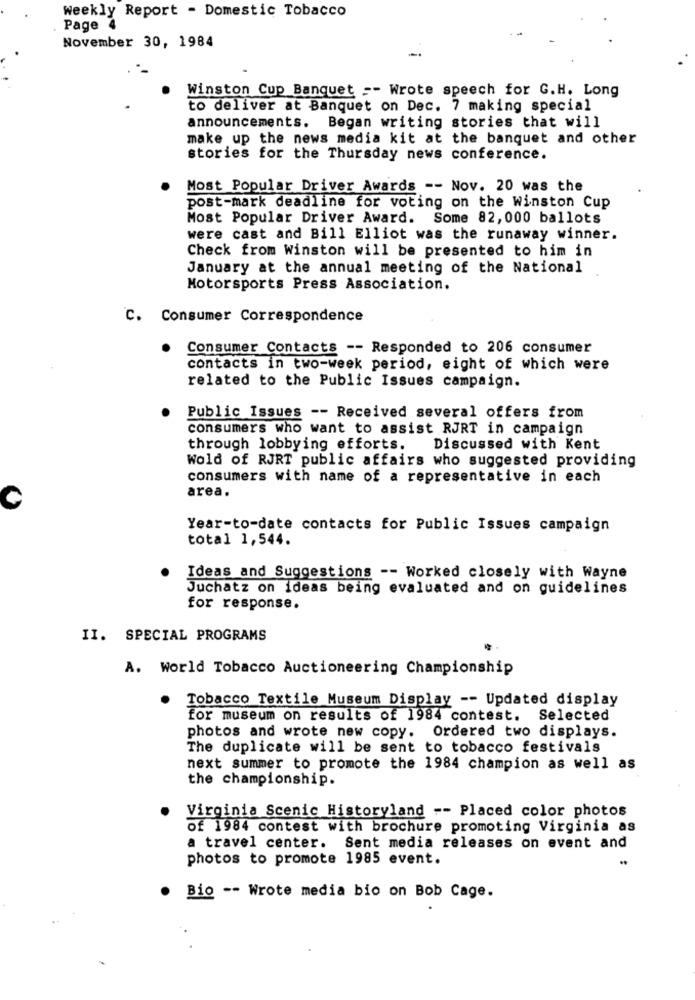
Weekly Report - Domestic Tobacco
Page
November 30, 1984
Winston Cup Banquet =- Wrote speech for G.H. Long
to deliver at Banquet on Dec. 7 making special
announcements. Began writing stories that will
make up the news media kit at the banquet and other
stories for the Thursday news conference.
Most Popular Driver Awards -- Nov. 20 was the
post-mark deadline for voting on the Winston Cup
Most Popular Driver Award. Some 82, 000 ballots
were cast and Bill Elliot was the runaway winner.
Check from Winston will be presented to him in
January at the annual meeting of the National
Motorsports Press Association.
C. Consumer Correspondence
Consumer Contacts -- Responded to 206 consumer
contacts in two-week period, eight of which were
related to the Public Issues campaign.
Public Issues -- Received several offers from
consumers who want to assist RJRT in campaign
through lobbying efforts.
Discussed with Kent
Wold of RJRT public affairs who suggested providing
consumers with name of a representative in each
area.
C
Year-to-date contacts for Public Issues campaign
total 1,544.
Ideas and Suggestions -- Worked closely with Wayne
Juchatz on ideas being evaluated and on guidelines
for response.
II. SPECIAL PROGRAMS
A. World Tobacco Auctioneering Championship
.
Tobacco Textile Museum Display -- Updated display
for museum on results of 1984 contest. Selected
photos and wrote new copy. Ordered two displays.
The duplicate will be sent to tobacco festivals
next summer to promote the 1984 champion as well as
the championship.
Virginia Scenic Historyland -- Placed color photos
of 1984 contest with brochure promoting Virginia as
a travel center. Sent media releases on event and
photos to promote 1985 event.
Bio -- Wrote media bio on Bob Cage.